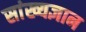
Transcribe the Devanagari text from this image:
सांख्यज्ञान